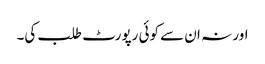
اور نہ ان سے کوئی رپورٹ طلب کی۔